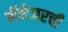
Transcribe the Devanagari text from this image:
मॅनेजरची